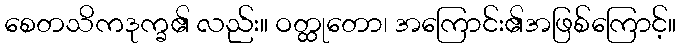
စေတသိကဒုက္ခ၏ လည်း။ ဝတ္ထုတော၊ အကြောင်း၏အဖြစ်ကြောင့်။